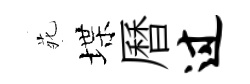
𫟍堞曆过